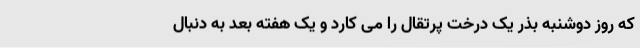
که روز دوشنبه بذر یک درخت پرتقال را می کارد و یک هفته بعد به دنبال